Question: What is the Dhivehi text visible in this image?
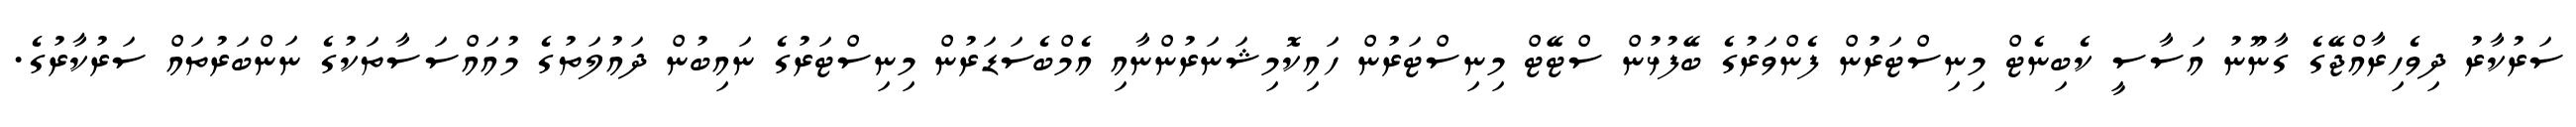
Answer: ސަރުކާރު ދިވެހިރާއްޖޭގެ ގާނޫނު އަސާސީ ކެބިނެޓް މިނިސްޓަރުން ފެންވަރުގެ ބޭފުޅުން ސްޓޭޓް މިނިސްޓަރުން ހައިކޮމިޝަނަރުންނާއި އެމްބެސަޑަރުން މިނިސްޓަރުގެ ނައިބުން ދައުލަތުގެ މުއައްސަސާތަކުގެ ނަންބަރުތައް ސަރުކާރުގެ.